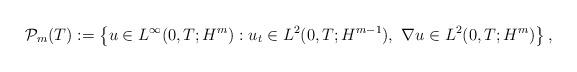
LaTeX: \begin{align*}\mathcal{P}_{m}(T):=\left\lbrace u\in L^{\infty}(0,T;H^{m}): u_{t}\in L^{2}(0,T;H^{m-1}),~\nabla u\in L^{2}(0,T;H^{m})\right\rbrace,\end{align*}